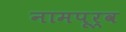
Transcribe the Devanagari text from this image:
नामपूर्व